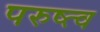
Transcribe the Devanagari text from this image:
परुष्त्व